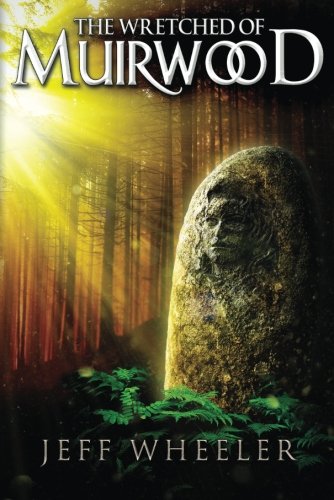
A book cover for The Wretched of Muirwood (Legends of Muirwood); Jeff Wheeler; Romance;